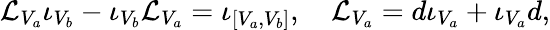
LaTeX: {\cal L}_{V_{a}}\iota_{V_{b}}-\iota_{V_{b}}{\cal L}_{V_{a}}=\iota_{[V_{a},V_{b}]},\quad{\cal L}_{V_{a}}=d\iota_{V_{a}}+\iota_{V_{a}}d,